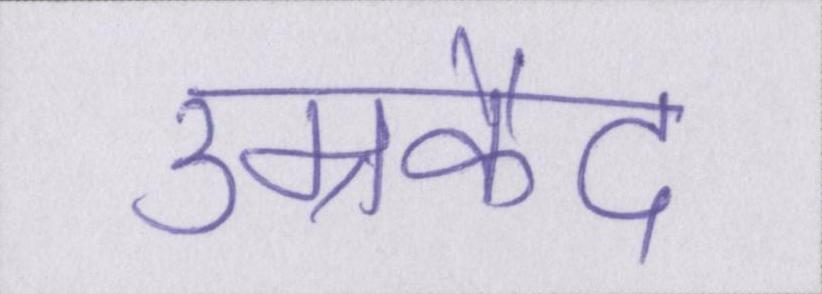
उम्रकैद